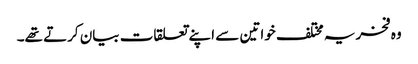
وہ فخریہ مختلف خواتین سے اپنے تعلقات بیان کرتے تھے۔